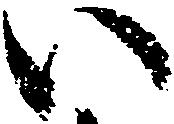
い